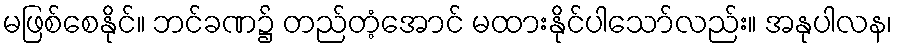
မဖြစ်စေနိုင်။ ဘင်ခဏ၌ တည်တံ့အောင် မထားနိုင်ပါသော်လည်း။ အနုပါလန၊